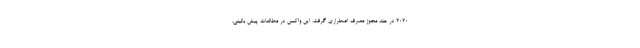
۲۰۲۰ در هند مجوز مصرف اضطراری گرفت. این واکسن در مطالعات پیش بالینی،